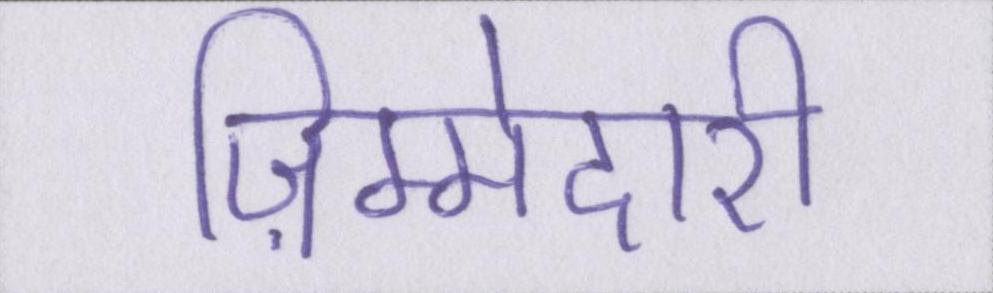
ज़िम्मेदारी